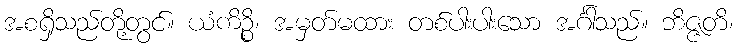
အစရှိသည်တို့တွင်။ ယံကိဉ္စိ၊ အမှတ်မထား တစ်ပါးပါးသော အင်္ဂါသည်။ ဘိဇ္ဇတိ၊